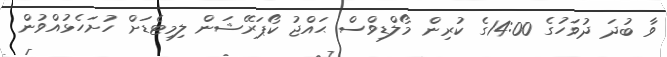
ވާ ބުދަ ދުވަހުގެ 14:00ގެ ކުރިން މޯލްޑިވްސް ޙައްޖު ކޯޕަރޭޝަން ލިމިޓެޑަށް ހުށަހެޅުއްވުން